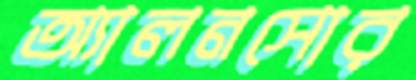
অ্যালনসোর